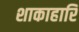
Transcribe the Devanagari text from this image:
शाकाहारि